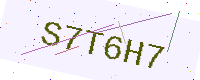
Text: S7T6H7